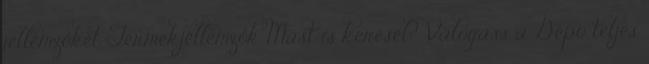
jellemzőket Termékjellemzők Mást is keresel? Válogass a Depo teljes